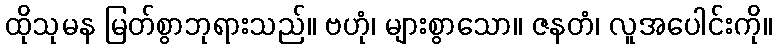
ထိုသုမန မြတ်စွာဘုရားသည်။ ဗဟုံ၊ များစွာသော။ ဇနတံ၊ လူအပေါင်းကို။